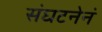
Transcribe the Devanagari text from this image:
संघटनेनं